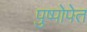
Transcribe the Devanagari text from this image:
पुष्पोपेत